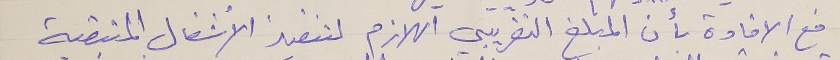
فع الافادة بأن المبلغ التقريبي اللازم لتنفيذ الأشغال المتبقية